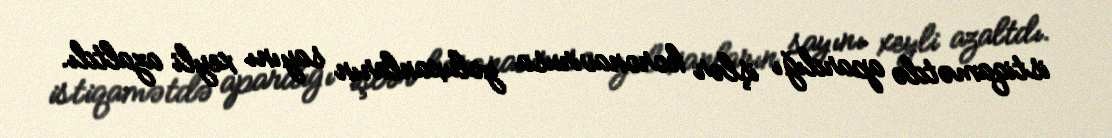
istiqamətdə apardığı işlər koronavirusa yoluxanların sayını xeyli azaltdı.